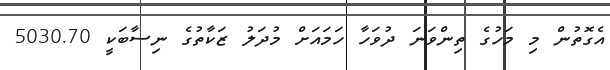
އެގޮތުން މި މަހުގެ ތިންވަނަ ދުވަހާ ހަމައަށް މުދަލު ޒަކާތުގެ ނިސާބަކީ 5030.70